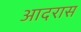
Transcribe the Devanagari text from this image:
आदरास